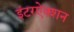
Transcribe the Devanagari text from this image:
इंटरऐक्शन